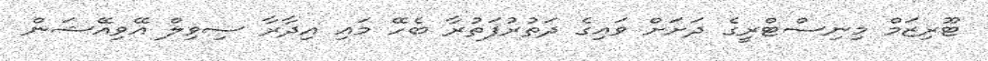
ޓޫރިޒަމް މިނިސްޓްރީގެ ދަށަށް ވައިގެ ދަތުރުފަތުރާ ބެހޭ މައި އިދާރާ ސިވިލް އޭވިއޭޝަން